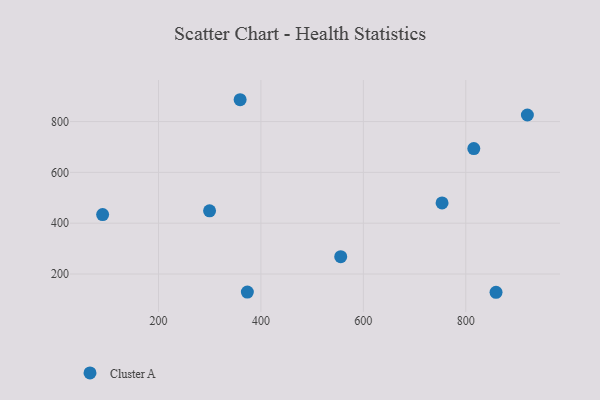
{"axis": {"x": "Ad Spend", "y": "Fuel Efficiency"}, "legend": ["Cluster A"], "data": [{"x": "359.4", "y": 885.9, "type": "Cluster A"}, {"x": "299.7", "y": 448.8, "type": "Cluster A"}, {"x": "815.7", "y": 693.7, "type": "Cluster A"}, {"x": "753.7", "y": 479.8, "type": "Cluster A"}, {"x": "555.8", "y": 268.3, "type": "Cluster A"}, {"x": "373.5", "y": 128.9, "type": "Cluster A"}, {"x": "920.3", "y": 825.7, "type": "Cluster A"}, {"x": "90.9", "y": 433.9, "type": "Cluster A"}, {"x": "859.1", "y": 128.2, "type": "Cluster A"}]}